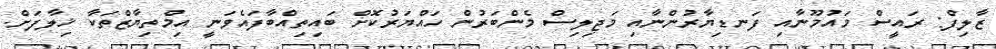
ޒާލިފް: ރައީސް މައުމޫނާއި ފަނޑިޔާރުންނާއި މަޖިލިސް މެންބަރުން ހައްޔަރުކޮށް ބައިތިއްބާފައެވަނީ އިމްތިޔާޒްތަކާ ޚިލާފަށް.